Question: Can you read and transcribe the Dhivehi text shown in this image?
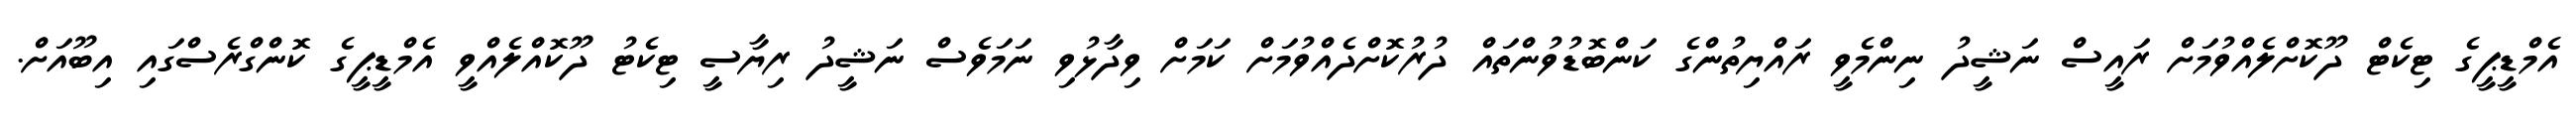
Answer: އެމްޑީޕީގެ ޓިކެޓް ދޫކޮށްލެއްވުމަށް ރައީސް ނަޝީދު ނިންމެވީ ރައްޔިތުންގެ ކަންބޮޑުވުންތައް ދުރުކޮށްދެއްވުމަށް ކަމަށް ވިދާޅުވި ނަމަވެސް ނަޝީދު ރިޔާސީ ޓިކެޓު ދޫކޮއްލެއްވީ އެމްޑީޕީގެ ކޮންގްރެސްގައި އިބޫއަށް.